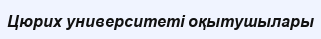
Цюрих университеті оқытушылары